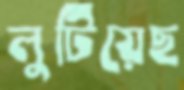
লুটিয়েছ